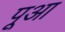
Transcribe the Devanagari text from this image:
पूआ